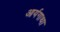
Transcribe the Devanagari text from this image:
आर्यगाथा